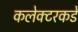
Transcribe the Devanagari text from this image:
कलेक्टरकडे